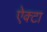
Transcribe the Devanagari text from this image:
ऐक्टा